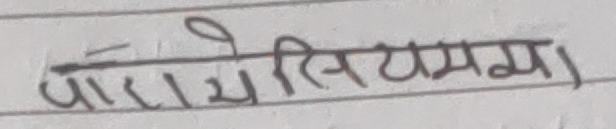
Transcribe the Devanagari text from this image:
पारामेसियमा